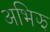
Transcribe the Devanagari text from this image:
अभिझ